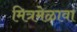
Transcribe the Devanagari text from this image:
मित्रमेळावा